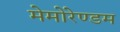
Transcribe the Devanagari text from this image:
मेमोरेण्डम